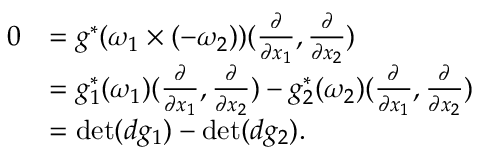
\begin{array} { r l } { 0 } & { = g ^ { * } ( \omega _ { 1 } \times ( - \omega _ { 2 } ) ) ( \frac { \partial } { \partial x _ { 1 } } , \frac { \partial } { \partial x _ { 2 } } ) } \\ & { = g _ { 1 } ^ { * } ( \omega _ { 1 } ) ( \frac { \partial } { \partial x _ { 1 } } , \frac { \partial } { \partial x _ { 2 } } ) - g _ { 2 } ^ { * } ( \omega _ { 2 } ) ( \frac { \partial } { \partial x _ { 1 } } , \frac { \partial } { \partial x _ { 2 } } ) } \\ & { = \operatorname* { d e t } ( d g _ { 1 } ) - \operatorname* { d e t } ( d g _ { 2 } ) . } \end{array}